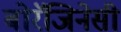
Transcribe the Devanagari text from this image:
बोरॅजिनेसी